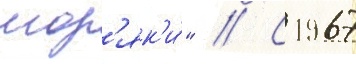
мор'як'и́" // С 1967